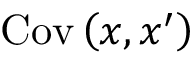
\operatorname { C o v } \left( \boldsymbol { x } , \boldsymbol { x } ^ { \prime } \right)